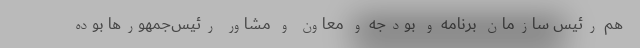
هم رئیس سازمان برنامه و بودجه و معاون و مشاور رئیس‌جمهور‌ها بوده